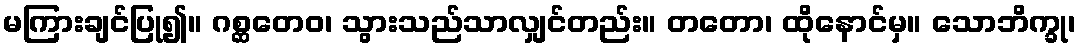
မကြားချင်ပြု၍။ ဂစ္ဆတေဝ၊ သွားသည်သာလျှင်တည်း။ တတော၊ ထိုနောင်မှ။ သောဘိက္ခု၊